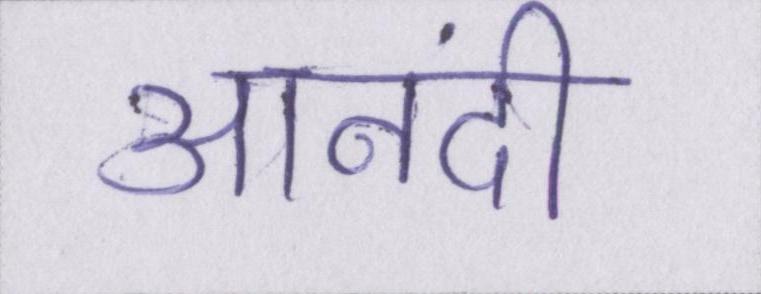
आनंदी